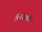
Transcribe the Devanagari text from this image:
निर्णयापर्यंत